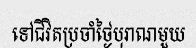
ទៅជីវិតប្រចាំថ្ងៃបុរាណមួយ